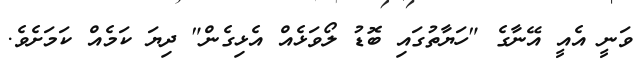
ވަނީ އެއީ އޭނާގެ "ހަޔާތުގައި ބޮޑު ލޯވަޅެއް އެޅިގެން" ދިޔަ ކަމެއް ކަމަށެވެ.